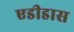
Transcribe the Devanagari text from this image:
एडीडास